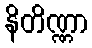
နိတိဏ္ဏာ